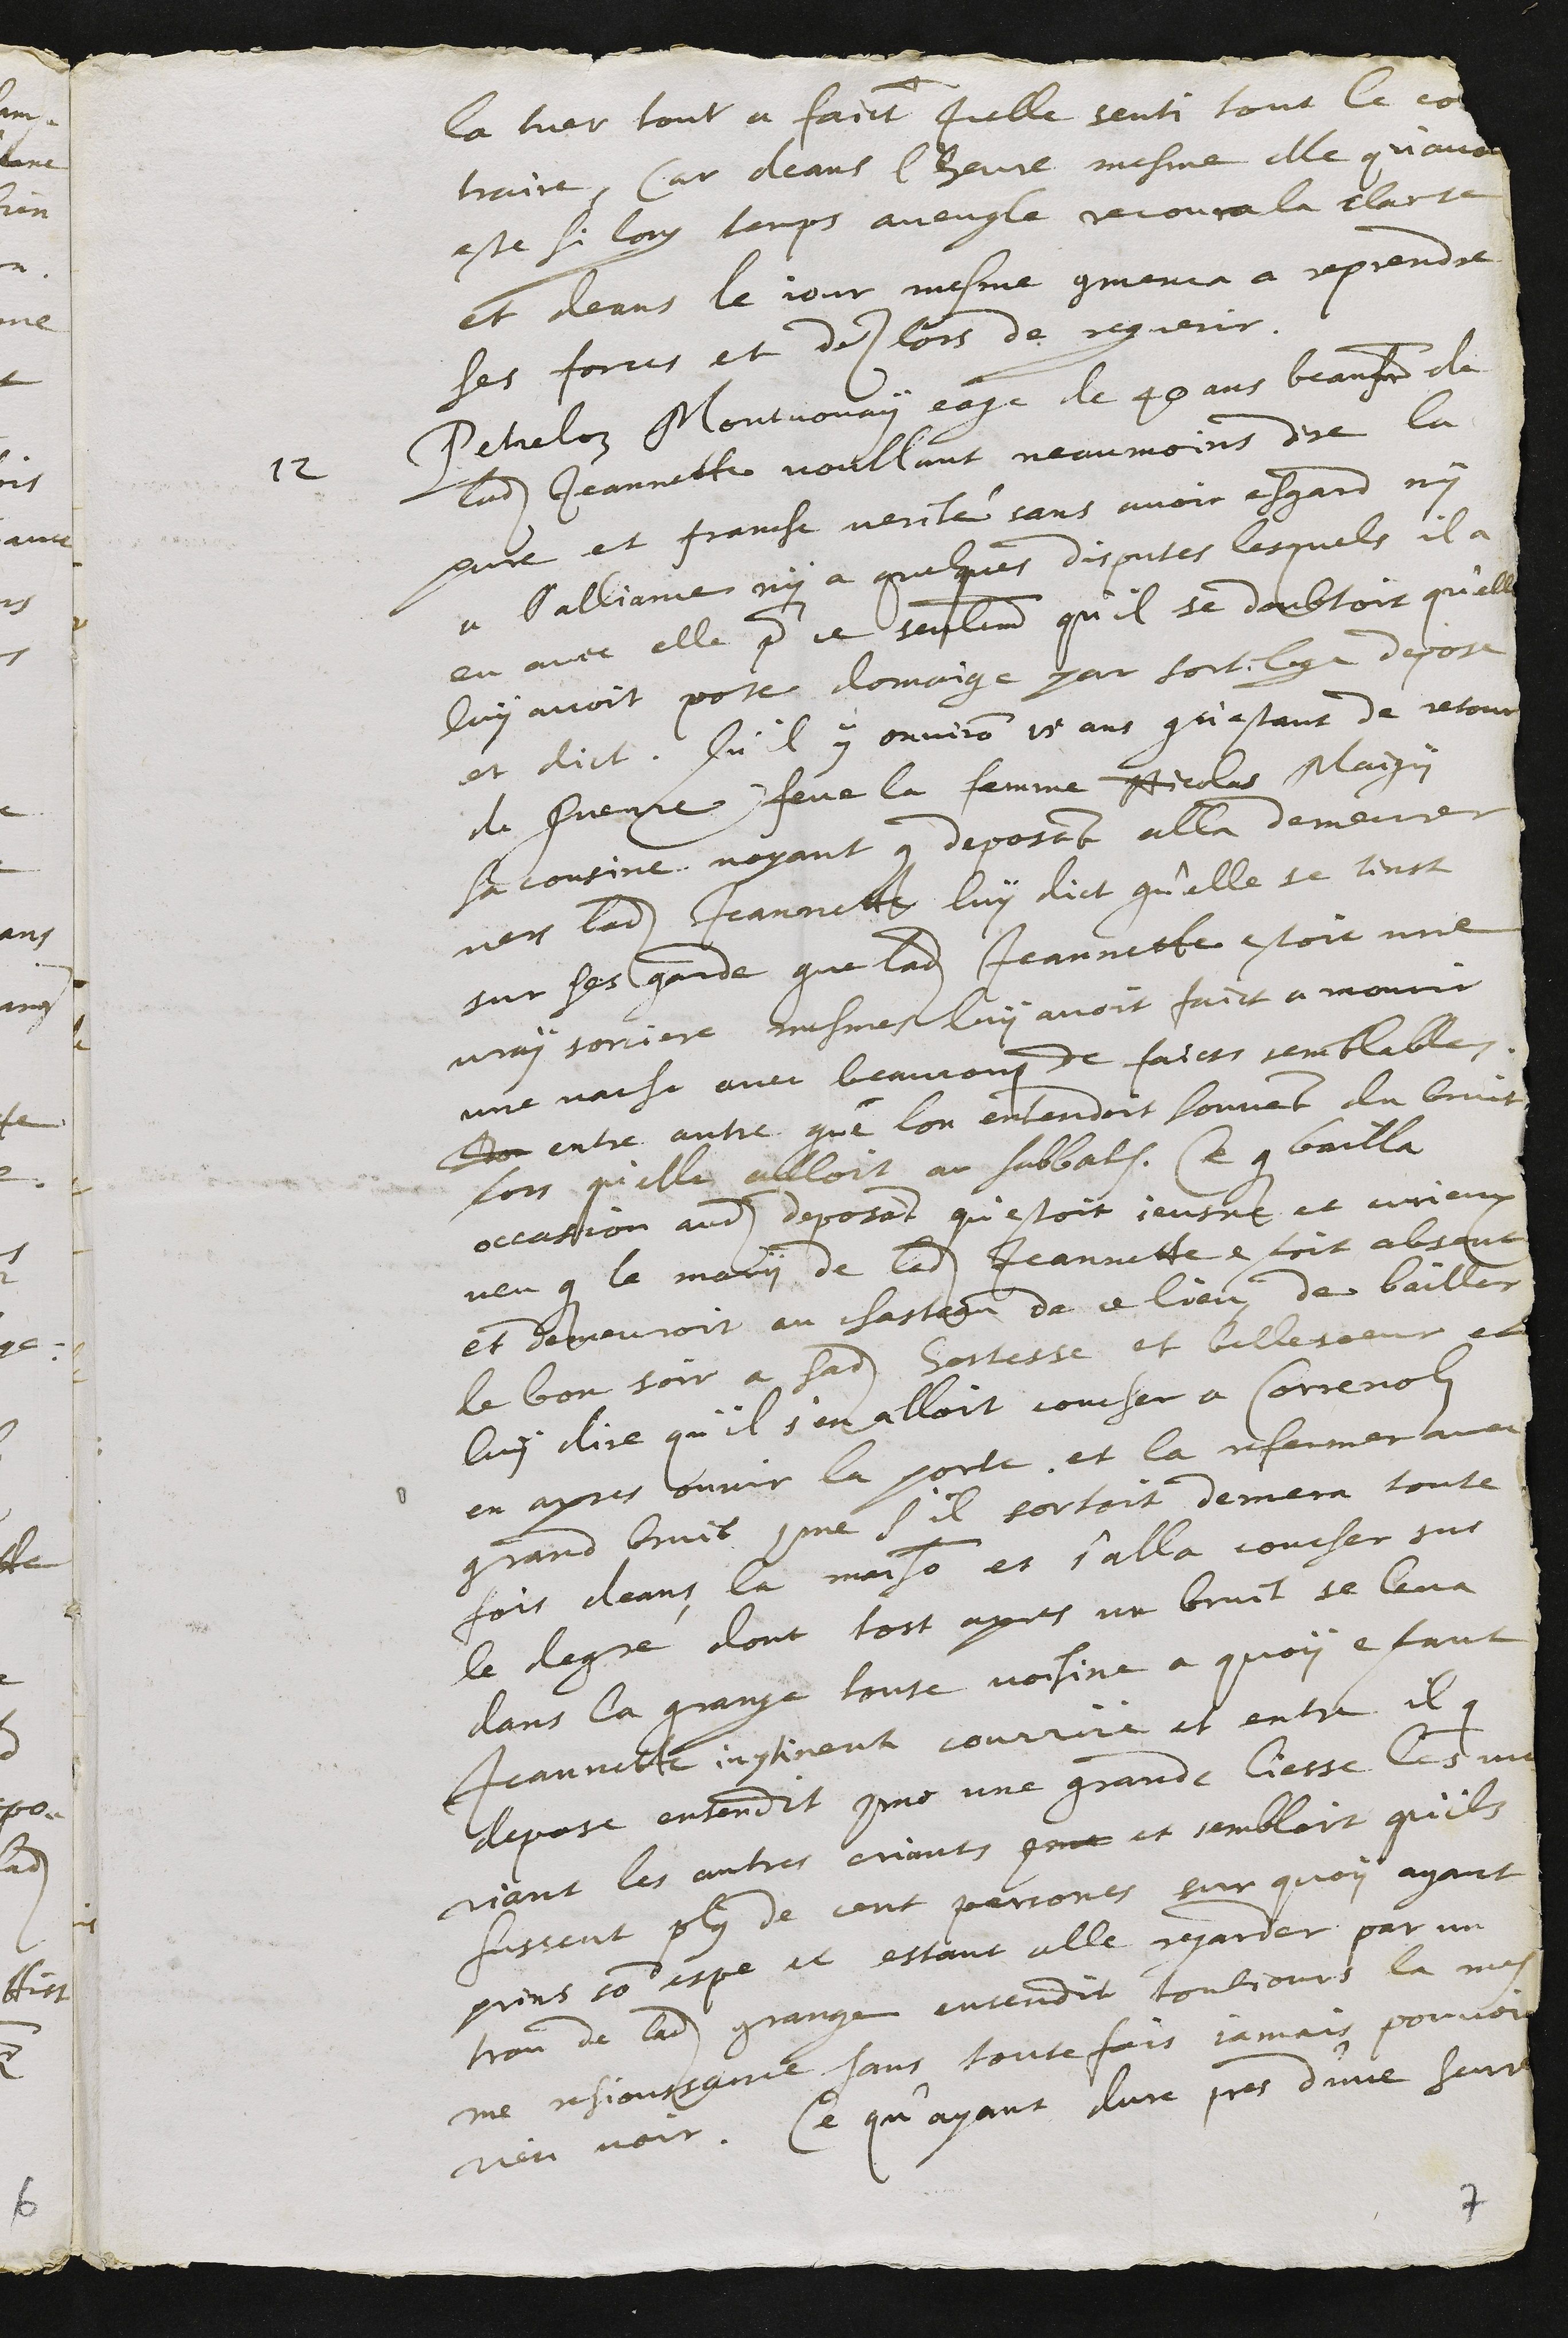
la tuer tout a faict Icelle senti tout le con
traire, Car deans l'heure mesme elle qu'avoit
este si long temps aveugle recouvra la clarte
et deans le jour mesme commenca a reprendre
ses forces et des lors de reguerir.
12 Petreloz Montvouhay eage de 40 ans beau frere de
ladite Jeannette voullant neanmoins dire la
pure et franche verité sans avoir esgard ny
a l'alliance ny a quelques disputes lesquels il a
eu avec elle pour ce seulement qu'il se doubtoit qu'elle
luy avoit porte domaige par sortilege depose
et dict Qu'il y environ 15 ans qu'estant de retour
de Guerre feue la femme Nicolas Maiguy
sa cousine voyant que deposant alla demeurer
vers ladite Jeannette luy dict qu'elle se tinst
sur ses garde que ladite Jeannette estoit une
vray sorciere mesmes luy avoit fait a mourir
une vache avec beaucoup de faicts semblables
Don entre autre que lon entendoit souvent du bruit
lors qu'elle alloit au sabbath. Ce qui bailla
occasion audit deposant qu'estoit jeusne et curieux
veu que le mary de ladite Jeannette estoit absent
et demeuroit au chasteau de ce lieu de bailler
le bon soir a sadite hostesse et belle soeur et
luy dire qu'il s'en alloit coucher a Correnolz
en apres ouvrir la porte et la refermer avec
grand bruit comme s'il sortoit demeura toute
fois deans la maison et s'alla coucher sur
le degré dont tost apres un bruit se leva
dans la grange toute voisine a quoy estant
Jeannette incontinent courrüe et entra il qui
depose entendit comme une grande liesse les uns
riant les autres criants comme et sembloit qu'ils
fussent plus de cent persones sur quoy ayant
prins son espe et estant alle regarder par un
trou de ladite grange entendit toubjours la mes
me resjoussance sans toutefois jamais pouvoir
rien voir. Ce qu'ayant dure pres d'une heure